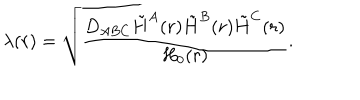
\lambda ( r ) = \sqrt { { \frac { D _ { A B C } \tilde { H } ^ { A } ( r ) \tilde { H } ^ { B } ( r ) \tilde { H } ^ { C } ( r ) } { H _ { 0 } ( r ) } } } .